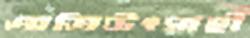
অতিউৎসাহী